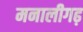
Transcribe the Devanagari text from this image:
मनालीगढ़